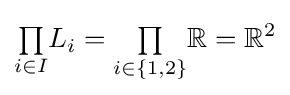
{\textstyle \prod \limits _{i\in I}}L_{i}={\textstyle \prod \limits _{i\in \{1,2\}}}\mathbb {R} =\mathbb {R} ^{2}